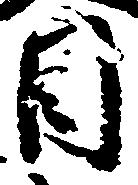
目